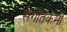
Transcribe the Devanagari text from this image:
संगीतकर्मी